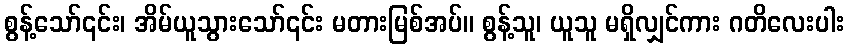
စွန့်သော်၎င်း၊ အိမ်ယူသွားသော်၎င်း မတားမြစ်အပ်။ စွန့်သူ၊ ယူသူ မရှိလျှင်ကား ဂတိလေးပါး